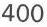
400